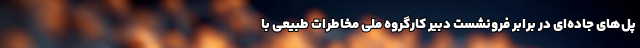
پل‌های جاده‌ای در برابر فرونشست دبیر کارگروه ملی مخاطرات طبیعی با